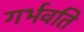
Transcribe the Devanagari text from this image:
गर्भवति